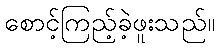
စောင့်ကြည့်ခဲ့ဖူးသည်။